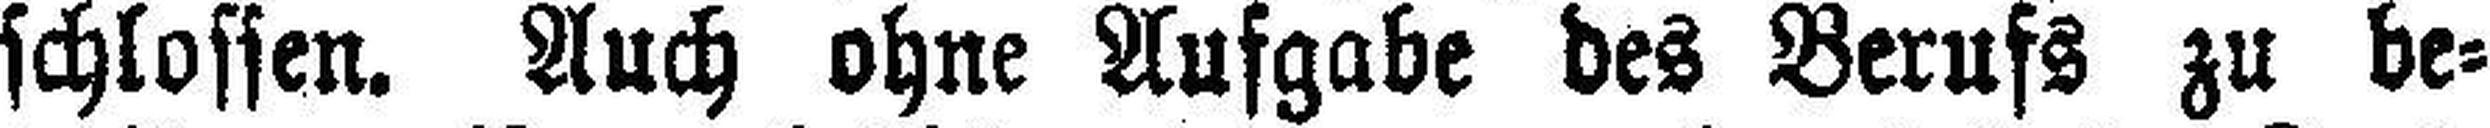
schlossen. Auch ohne Aufgabe des Berufs zu be¬